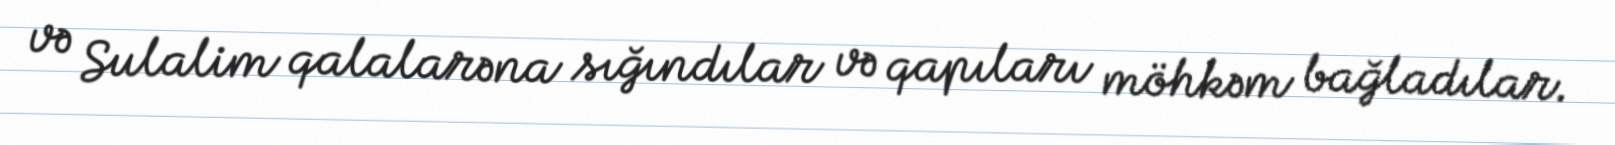
və Sulalim qalalarəna sığındılar və qapıları möhkəm bağladılar.